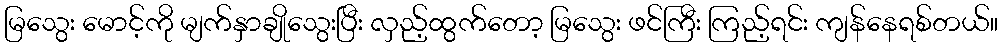
မြသွေး မောင့်ကို မျက်နှာချိုသွေးပြီး လှည့်ထွက်တော့ မြသွေး ဖင်ကြီး ကြည့်ရင်း ကျန်နေရစ်တယ်။